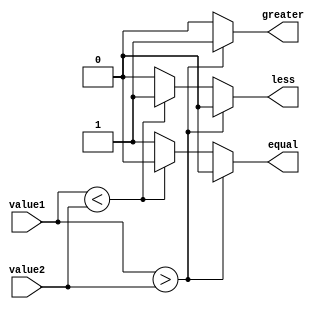
module inequality_comparator (
    input wire [7:0] value1,
    input wire [7:0] value2,
    output reg greater,
    output reg less,
    output reg equal
);

always @(*) begin
    if (value1 > value2) begin
        greater = 1;
        less = 0;
        equal = 0;
    end else if (value1 < value2) begin
        greater = 0;
        less = 1;
        equal = 0;
    end else begin
        greater = 0;
        less = 0;
        equal = 1;
    end
end

endmodule